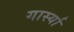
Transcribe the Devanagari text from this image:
गार्स्या